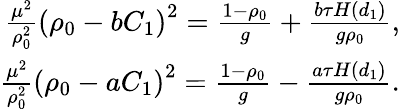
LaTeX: \begin{array}{r}{\frac{\mu^{2}}{\rho_{0}^{2}}\left(\rho_{0}-bC_{1}\right)^{2}=\frac{1-\rho_{0}}{g}+\frac{b\tau H(d_{1})}{g\rho_{0}},}\\ {\frac{\mu^{2}}{\rho_{0}^{2}}\left(\rho_{0}-aC_{1}\right)^{2}=\frac{1-\rho_{0}}{g}-\frac{a\tau H(d_{1})}{g\rho_{0}}.}\end{array}